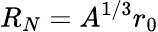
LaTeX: R_{N}=A^{1/3}r_{0}